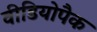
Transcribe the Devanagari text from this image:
वीडियोपैक